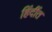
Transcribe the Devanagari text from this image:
हिंदींत